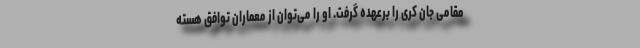
مقامی جان کری را برعهده گرفت. او را می‌توان از معماران توافق هسته